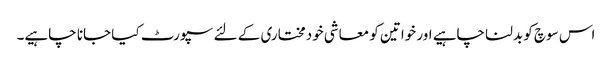
اس سوچ کو بدلنا چاہیے اور خواتین کو معاشی خودمختاری کے لئے سپورٹ کیا جانا چاہیے۔